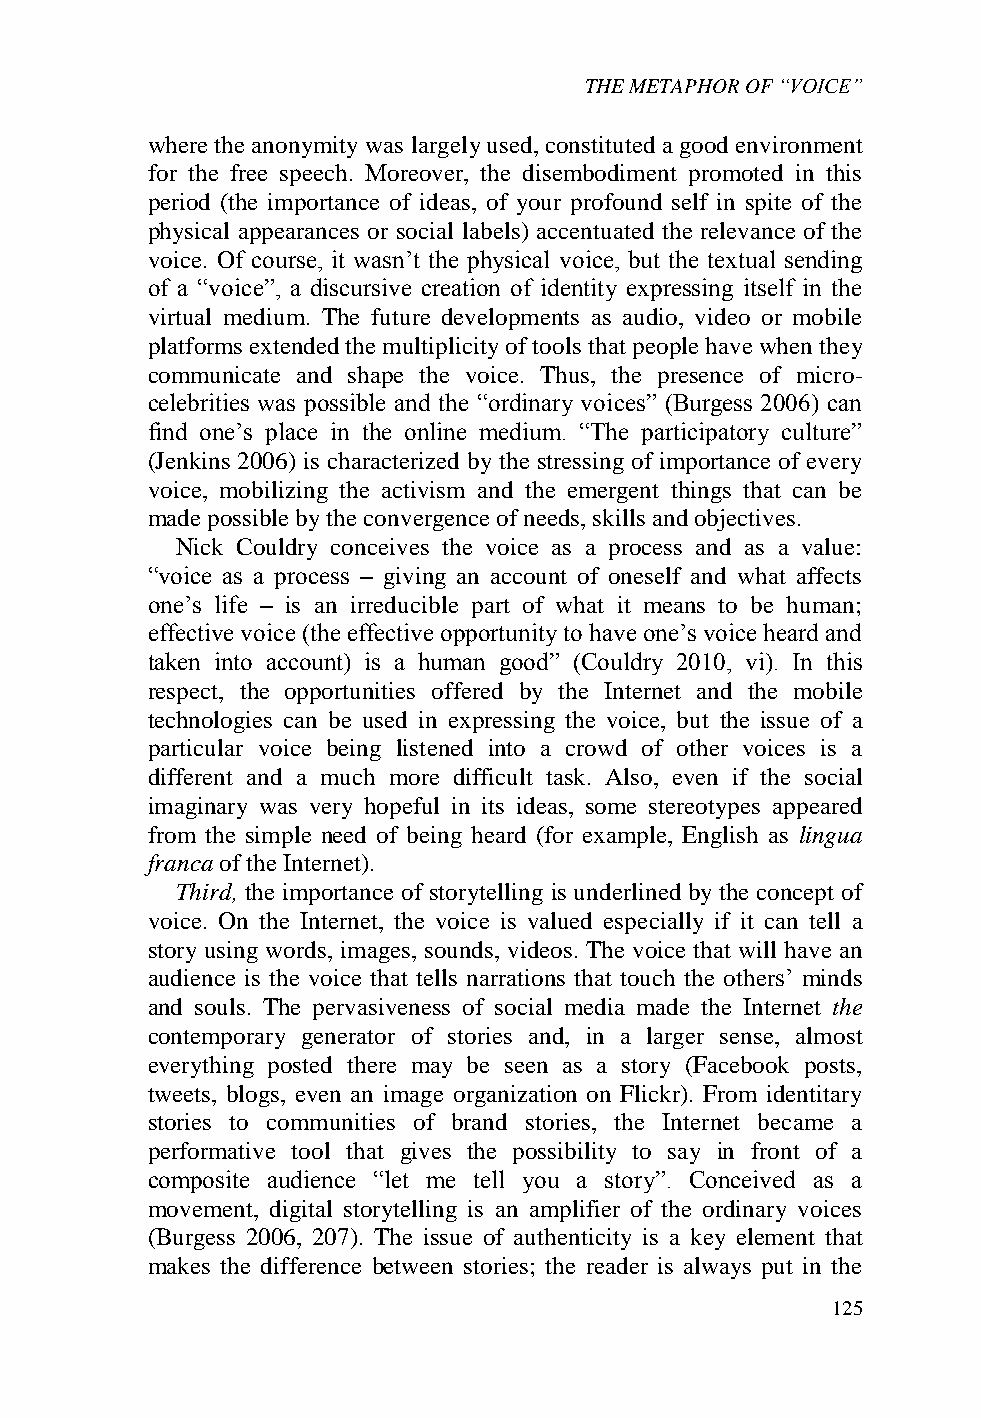
THE METAPHOR OF “VOICE”
 where the anonymity was largely used, constituted a good environment
 for the free speech. Moreover, the disembodiment promoted in this
 period (the importance of ideas, of your profound self in spite of the
 physical appearances or social labels) accentuated the relevance of the
 voice. Of course, it wasn’t the physical voice, but the textual sending
 of a “voice”, a discursive creation of identity expressing itself in the
 virtual medium. The future developments as audio, video or mobile
 platforms extended the multiplicity of tools that people have when they
 communicate and shape the voice. Thus, the presence of micro-
 celebrities was possible and the “ordinary voices” (Burgess 2006) can
 find one’s place in the online medium. “The participatory culture”
 (Jenkins 2006) is characterized by the stressing of importance of every
 voice, mobilizing the activism and the emergent things that can be
 made possible by the convergence of needs, skills and objectives.
 Nick Couldry conceives the voice as a process and as a value:
 “voice as a process – giving an account of oneself and what affects
 one’s life – is an irreducible part of what it means to be human;
 effective voice (the effective opportunity to have one’s voice heard and
 taken into account) is a human good” (Couldry 2010, vi). In this
 respect, the opportunities offered by the Internet and the mobile
 technologies can be used in expressing the voice, but the issue of a
 particular voice being listened into a crowd of other voices is a
 different and a much more difficult task. Also, even if the social
 imaginary was very hopeful in its ideas, some stereotypes appeared
 from the simple need of being heard (for example, English as lingua
 franca of the Internet).
 Third, the importance of storytelling is underlined by the concept of
 voice. On the Internet, the voice is valued especially if it can tell a
 story using words, images, sounds, videos. The voice that will have an
 audience is the voice that tells narrations that touch the others’ minds
 and souls. The pervasiveness of social media made the Internet the
 contemporary generator of stories and, in a larger sense, almost
 everything posted there may be seen as a story (Facebook posts,
 tweets, blogs, even an image organization on Flickr). From identitary
 stories to communities of brand stories, the Internet became a
 performative tool that gives the possibility to say in front of a
 composite audience “let me tell you a story”. Conceived as a
 movement, digital storytelling is an amplifier of the ordinary voices
 (Burgess 2006, 207). The issue of authenticity is a key element that
 makes the difference between stories; the reader is always put in the
 125